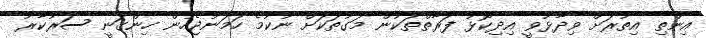
އިންތި އިތުރަށް ވިދާޅުވީ އިދިކޮޅު ފަރާތްތަކުން މަގުތަކަށް ނުކުމެ ހަމަނުޖެހުން ހިންގަނީ ސަރުކާރު